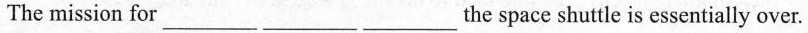
The mission for_the space shuttle is essentially over.